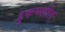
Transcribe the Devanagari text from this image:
हुकमतीत